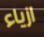
ازياء